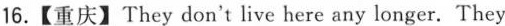
16.【重庆】They don't live here any longer. They